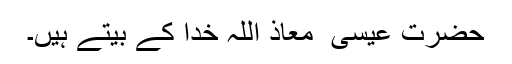
حضرت عیسیٰ ؑ معاذ اللہ خدا کے بیتے ہیں۔